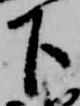
下